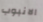
الانبوب